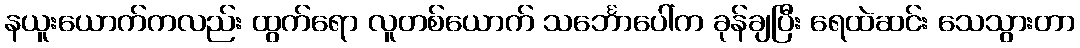
နယူးယောက်ကလည်း ထွက်ရော လူတစ်ယောက် သင်္ဘောပေါ်က ခုန်ချပြီး ရေထဲဆင်း သေသွားတာ